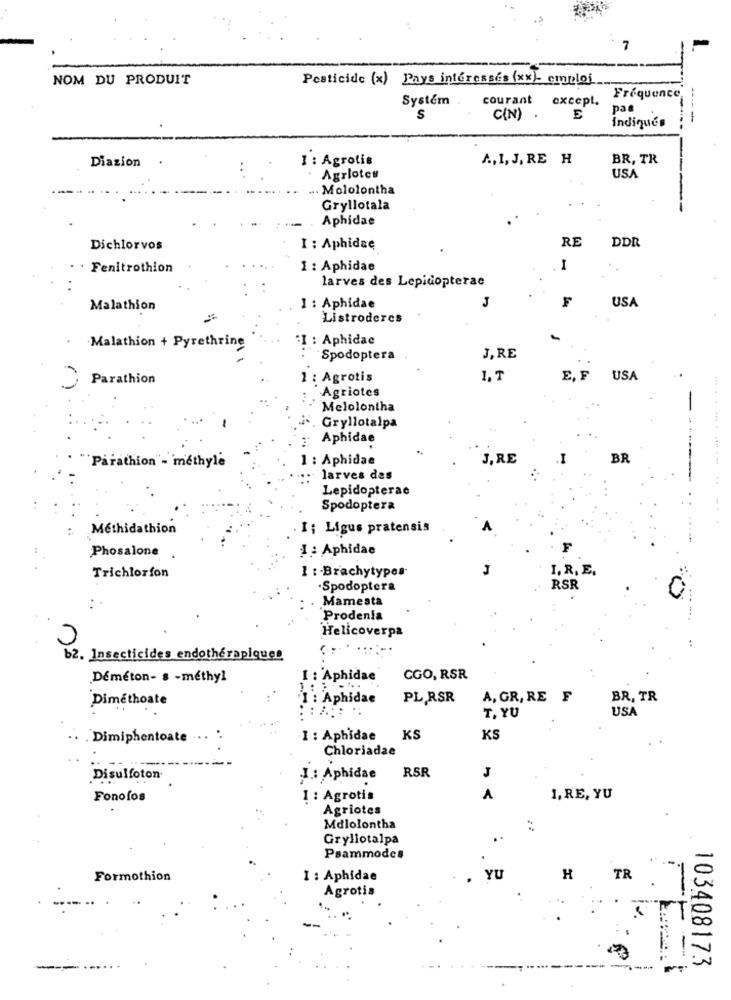
7
-
NOM DU PRODUIT
Pesticide (x) Pays interesses (xx)- emploj
Systém
courant except.
Frequence
pas
C(N)
E
Indiqués
Diazion
I : Agrotis
A, 1,J, RE H
BR, TR
Agrlotes
USA
-. Mololontha
Gryllotala
Aphidae
RE
DDR
Dichlorvos
I : Aphidsę
. Fenitrothion
1 : Aphidae
1
larves des Lepidopterae
F
USA
Malathion
1 : Aphidae
Listroderes
Malathion + Pyrethrine
:I : Aphidac
Spodoptera
J, RE
Parathion
1 : Agrotis
1. 1
E, F
USA
Agriotes
-
Melolontha
Gryllotalpa
Aphidae
Parathion" - methyle
1 : Aphidae
J, RE
.I
BR
.. larves des
Lepidopterac
Spodoptera
Methidathion
. I ; Ligus pratensis
1 : Aphidae
F
Phosalone
J
I. R. E.
Trichlorfon
1 :- Brachytypes.
.Spodoptera
RSR
Mamesta
Prodenia
Helicoverpa
b2. Insecticides endotherapiques
Déméton- s -methyl
I : Aphidae
CGO, RSR
Diméthoate
"I : Aphidae
PL,RSR
A, GR, RE F
BR, TR
T, YU
USA
.Dimiphentoate ... ..
I : Aphidae
KS
KS
Chloriadae
RSR
J
Disulfoton
I .: Aphidse
Fonofos
1 : Agrotis
A
I, RE, YU
Agriotes
Mdlolontha
Gryllotalpa
..
Psammodes
Formothion
I : Aphidae
YU
H
TR
Agrotis
103408173
---....